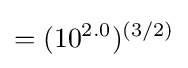
=({10^{2.0}})^{(3/2)}